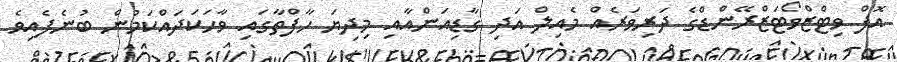
އޮފް ވިޓްޒްވޯޓަޒްރޭންޑްގެ ދަރިވަރެއް މެއިލް އަދި ގާޑިއަންއާއި މިދިޔަ ހާފްތާގައި ވާހަކަދައްކަމުން ބުނެފެއިވެ